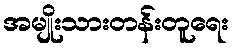
အမျိုးသားတန်းတူရေး